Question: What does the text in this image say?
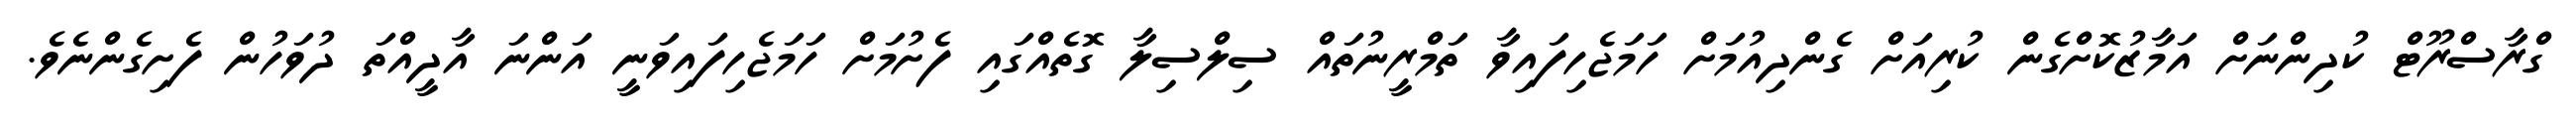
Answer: ގްރާސްރޫޓް ކުދިންނަށް އަމާޒުކޮށްގެން ކުރިއަށް ގެންދިއުމަށް ހަމަޖެހިފައިވާ ތަމްރީނުތައް ސިލްސިލާ ގޮތެއްގައި ފެށުމަށް ހަމަޖެހިފައިވަނީ އަންނަ އާދީއްތަ ދުވަހުން ފެށިގެންނެވެ.